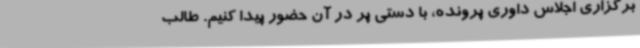
برگزاری اجلاس داوری پرونده، با دستی پر در آن حضور پیدا کنیم. طالب